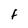
Character: F